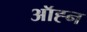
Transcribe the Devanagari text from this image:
ऑह्न